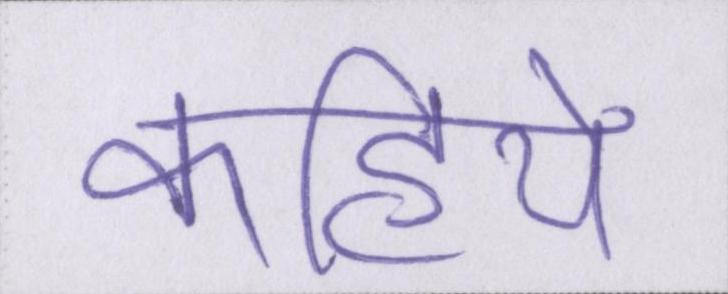
कहिये